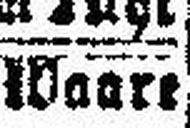
Waart